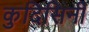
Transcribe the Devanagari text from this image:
कुदिसिनी